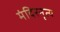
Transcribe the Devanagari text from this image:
मंदिरनृत्य